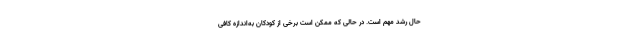
حال رشد مهم است. در حالی که ممکن است برخی از کودکان به‌اندازه کافی